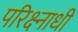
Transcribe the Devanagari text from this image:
परिक्ष्नाधीं